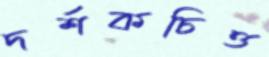
দর্শকচিত্ত